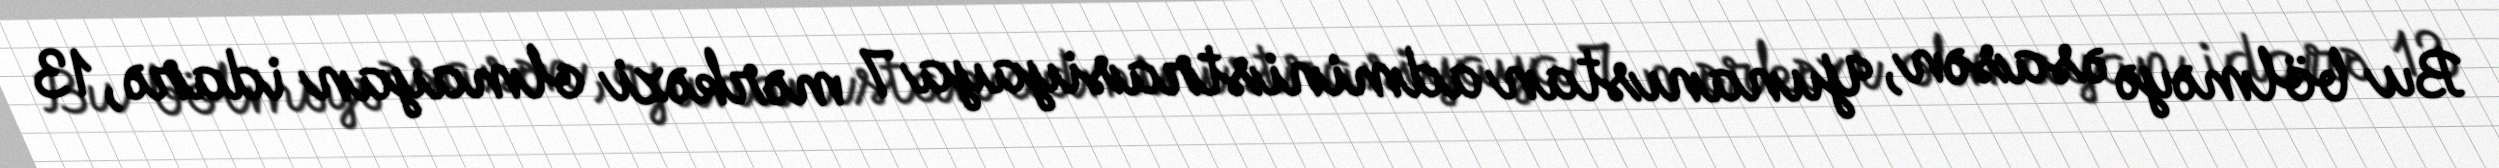
Bu bölməyə əsasən, Yunanıstan administrasiyaya 7 mərkəzi olmayan idarə, 13